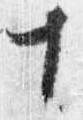
十